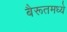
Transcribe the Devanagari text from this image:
बैरूतमध्ये